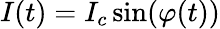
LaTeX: I(t)=I_{c}\sin(\varphi(t))